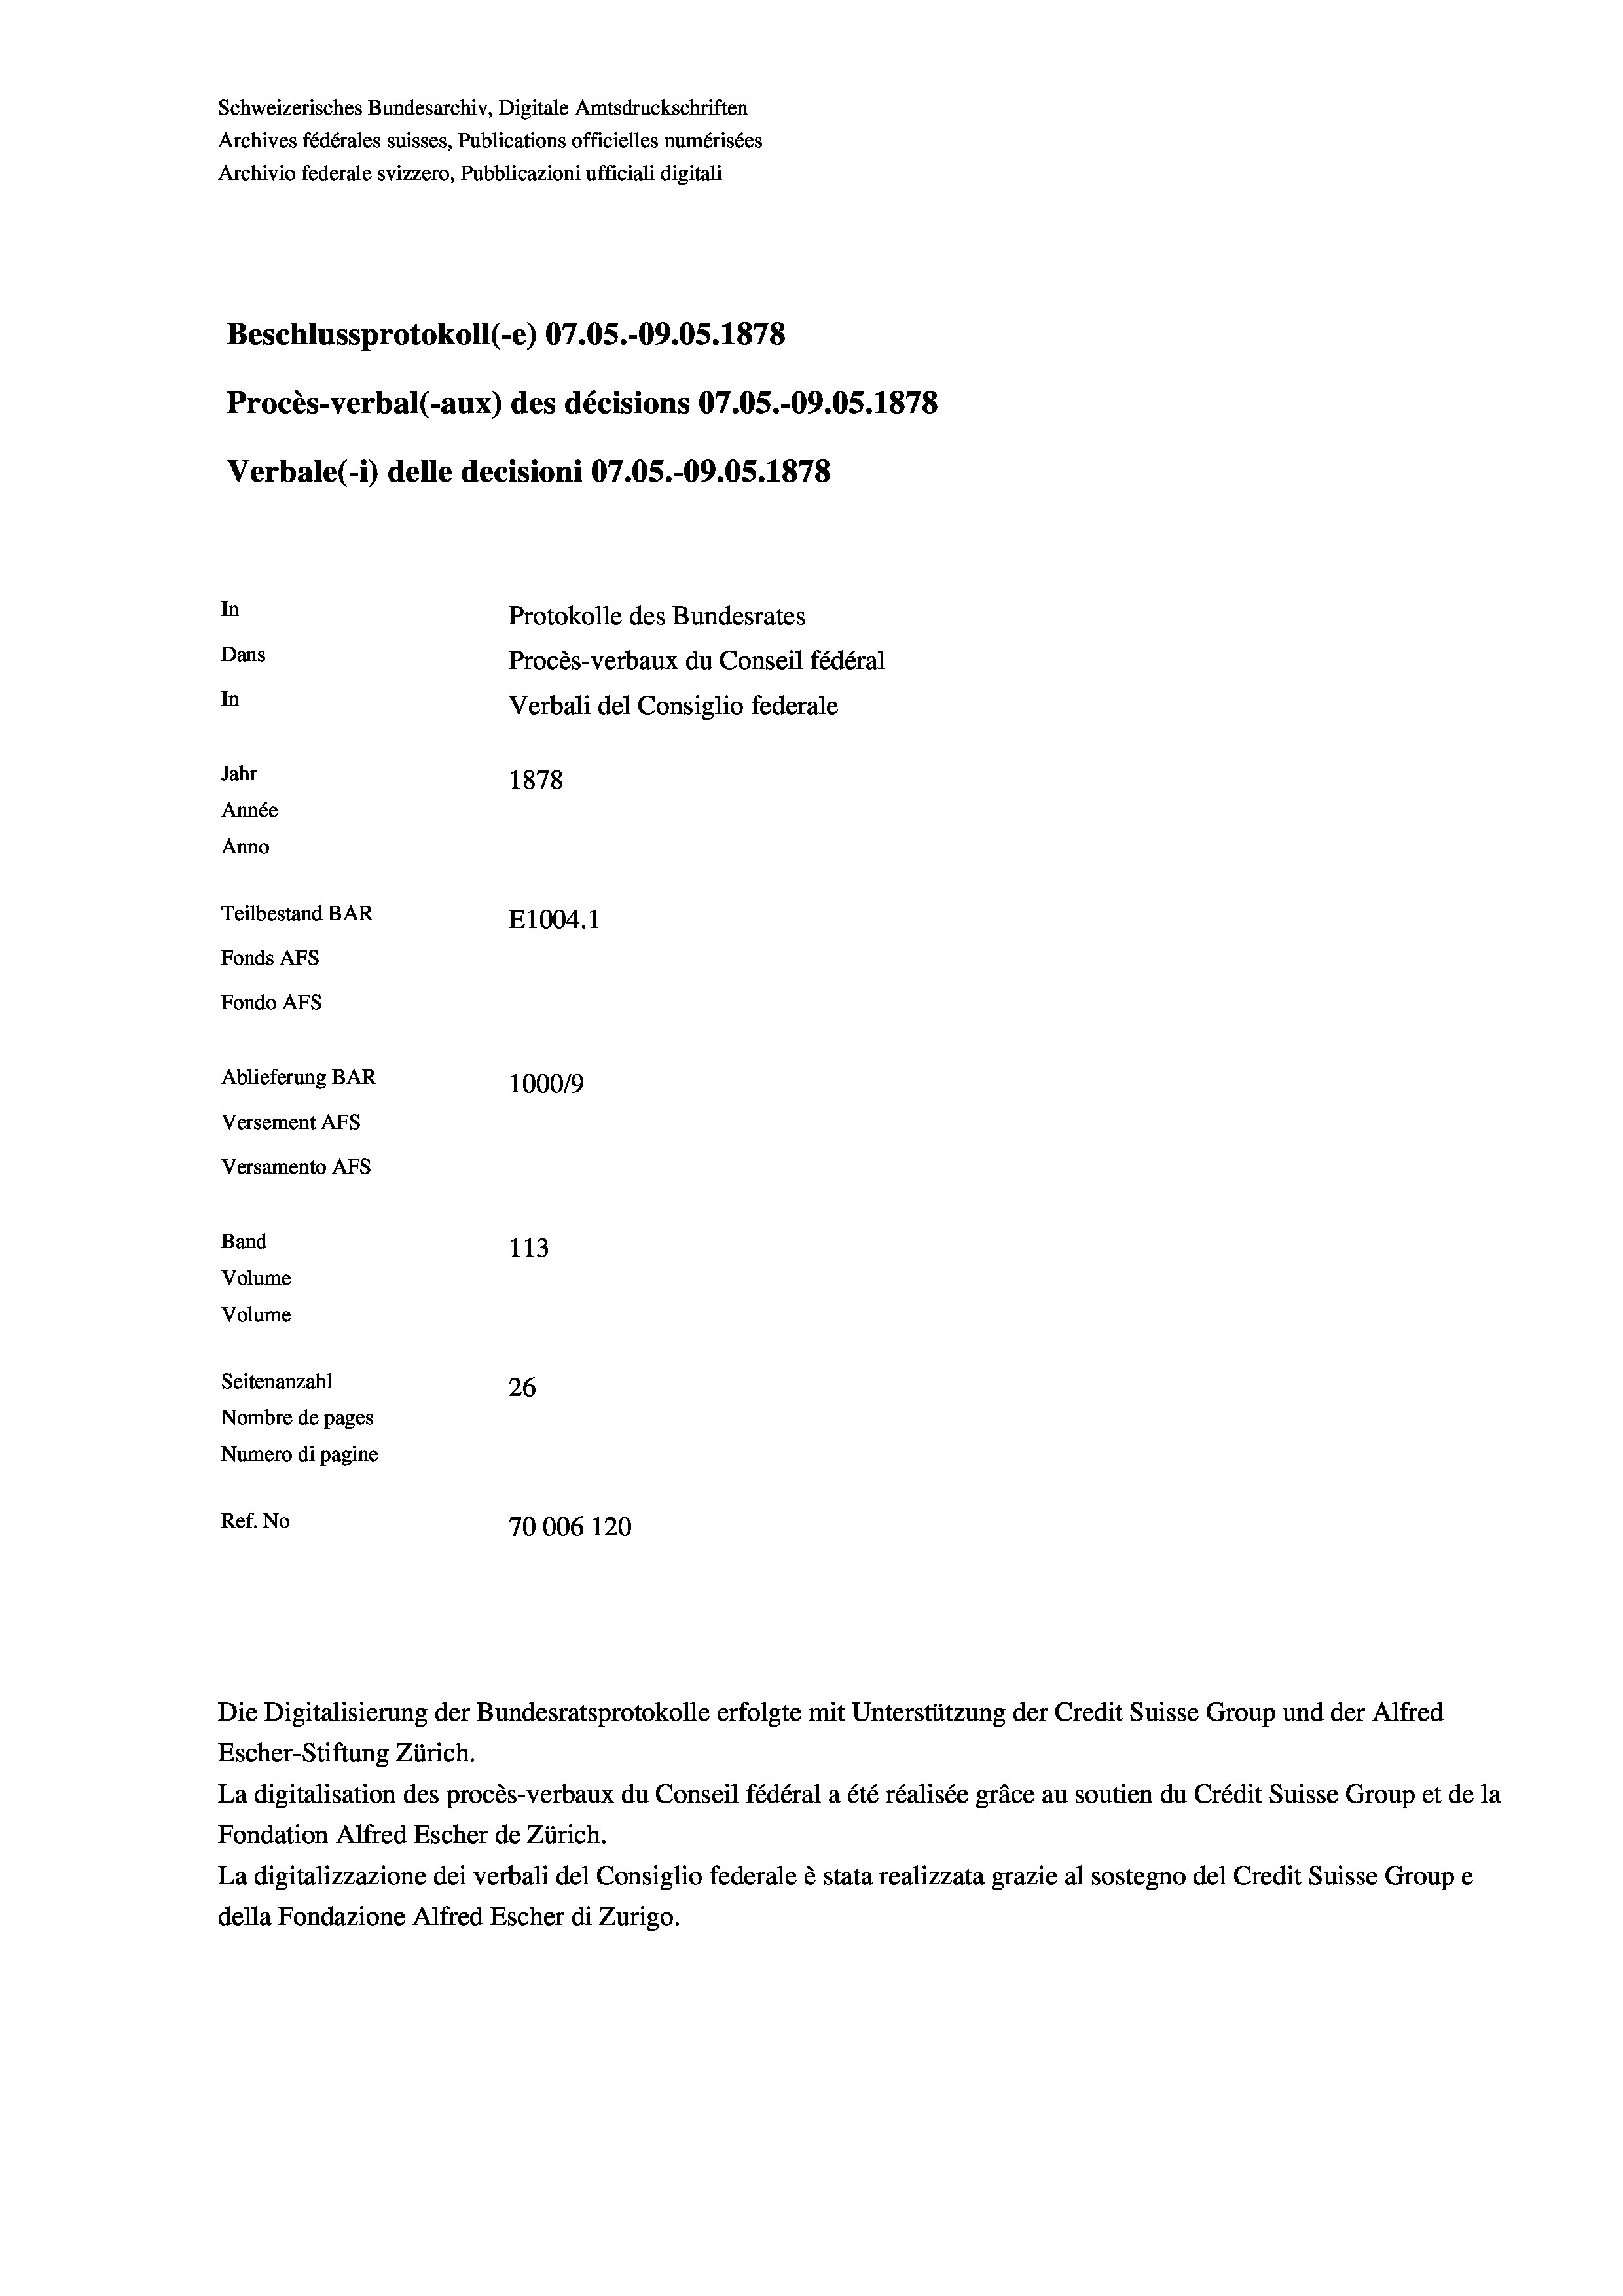
Schweizerisches Bundesarchiv, Digitale Amtsdruckschriften
Archives fédérales suisses, Publications officielles numérisées
Archivio federale svizzero, Pubblicazioni ufficiali digitali
Beschlussprotokoll (-e) 07.05.-09.05. 1878
Procès-verbal (-aux) des décisions 07.05.-09.05. 1878
Verbale (1) delle decisioni 07.05.-09.05. 1878
In
Protokolle des Bundesrates
Dans
Procès-verbaux du Conseil fédéral
In
Verbali del Consiglio federale
Jahr
1878
Année
Anno
Teilbestand BAR
E1004. 1
Fonds AFs
Fondo Afs
Ablieferung BAR
100019
Versement AFs
Versamento AFs
Band
113
Volume
Volume
Seitenanzahl
26
Nombre de pages
Numero di pagine
Ref. No
70006 120

Escher-Stiftung Zürich.
La digitalisation des procès-verbaux du Conseil fédéral a été réalisée gräce au soutien du Crédit Suisse Group et de la
Fondation Alfred Escher de Zürich.
La digitalizzazione dei verbali del Consiglio federale è stata realizzata grazie al sostegno del Credit Suisse Groupe
della Fondazione Alfred Escher di Zurigo.

Die Digitalisierung der Bundesratsprotokolle erfolgte mit Unterstützung der Credit Suisse Group und der Alfred